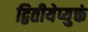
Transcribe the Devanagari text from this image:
द्वितीयेप्युक्तं